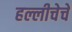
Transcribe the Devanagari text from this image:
हल्लीचेचे